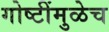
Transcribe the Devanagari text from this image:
गोष्टींमुळेच